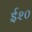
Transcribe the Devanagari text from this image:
ई२०